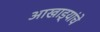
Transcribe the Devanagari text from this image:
आखाड्यांचे